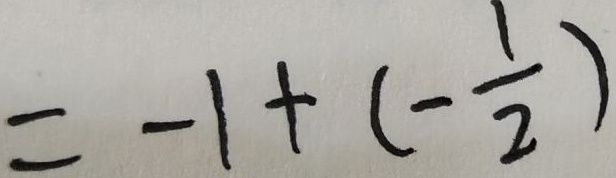
= - 1 + ( - \frac { 1 } { 2 } )